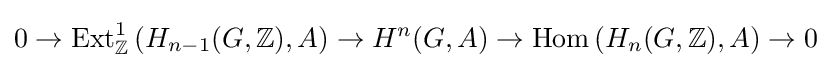
0\to \mathrm {Ext} _{\mathbb {Z} }^{1}\left(H_{n-1}(G,\mathbb {Z} ),A\right)\to H^{n}(G,A)\to \mathrm {Hom} \left(H_{n}(G,\mathbb {Z} ),A\right)\to 0